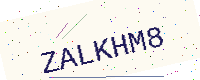
Text: ZALKHM8